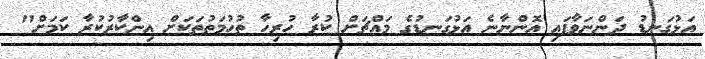
އަޅުގަނޑު ދަންނަވާފައި އޮންނާނެ އަޅުގަނޑުގެ މައްޗަށް ކުރާ ހުރިހާ ތުހުމަތުތަކަށް އިންކާރުކުރާ ކަމަށް"